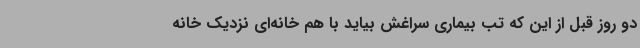
دو روز قبل از این که تب بیماری سراغش بیاید با هم خانه‌ای نزدیک خانه